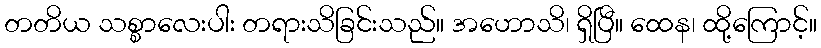
တတိယ သစ္စာလေးပါး တရားသိခြင်းသည်။ အဟောသိ၊ ရှိပြီ။ ထေန၊ ထို့ကြောင့်။